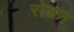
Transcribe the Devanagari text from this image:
रोडन